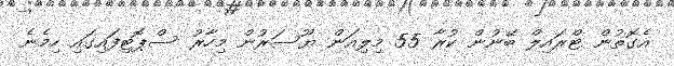
އެގޮތުން ޓްރައިލް ބޭނުން ކުރާ 55 މިލިއަން ޔޫސަރުން މިހާރު ސްޕޮޓިފައިގައި ހިމެނެ